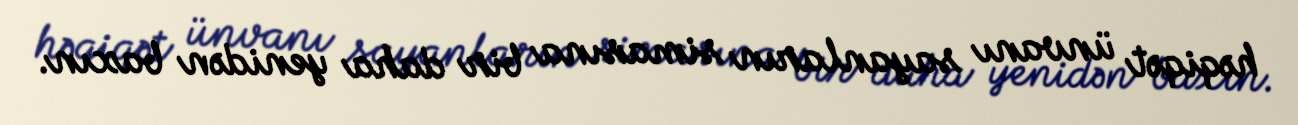
həqiqət ünvanı sayanların simasına bir daha yenidən baxın.